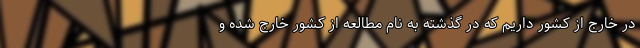
در خارج از کشور داریم که در گذشته به نام مطالعه از کشور خارج شده و